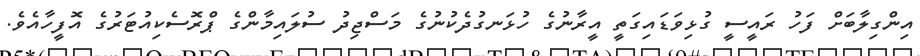
އިންގިލާބަށް ފަހު ރައީސީ ގުޅިވަޑައިގަތީ އީރާނުގެ ހުޅަނގުދެކުނުގެ މަސްޖިދު ސުލައިމާންގެ ޕްރޮސެކިއުޓަރުގެ އޮފީހާއެވެ.